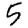
Digit: 5